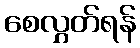
စေလွှတ်ရန်